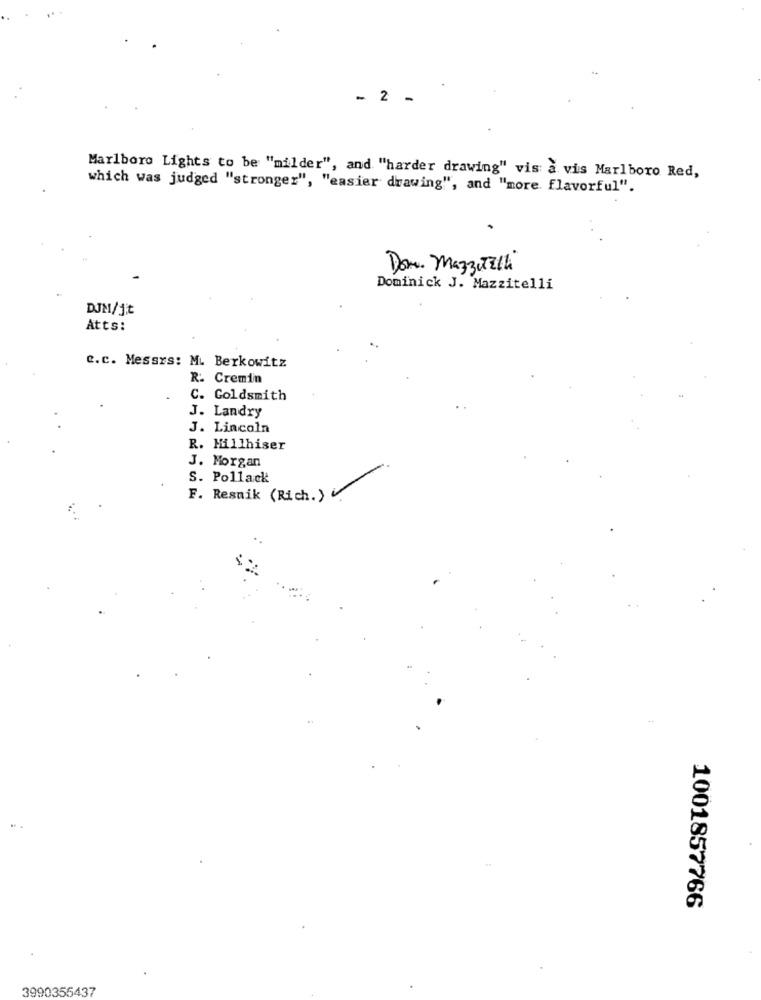
- 2 -
Marlboro Lights to be "milder", and "harder drawing" vis a vis Marlboro Red,
which was judged "stronger", "easier drawing", and "more. flavorful".
Dom. Mazzitelli
Dominick J. Mazzitelli
DJM/Jt
Atts:
c.c. Messrs: M. Berkowitz
R. Cremin
C. Goldsmith
J. Landry
J. Lincoln
R. Millhiser
J. Morgan
S. Pollack
F. Resnik (Rich.)
-
1001857766
3990355437